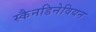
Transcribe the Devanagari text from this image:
स्कैनडिनेवियन